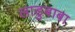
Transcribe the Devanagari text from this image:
लाडुबाबा